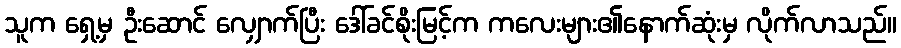
သူက ရှေ့မှ ဦးဆောင် လျှောက်ပြီး ဒေါ်ခင်စိုးမြင့်က ကလေးများ၏နောက်ဆုံးမှ လိုက်လာသည်။